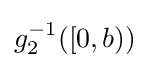
g_{2}^{-1}([0,b))